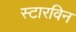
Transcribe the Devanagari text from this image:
स्टारविन